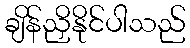
ချိန်ညှိနိုင်ပါသည်